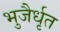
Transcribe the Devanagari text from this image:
भुजैर्धृत